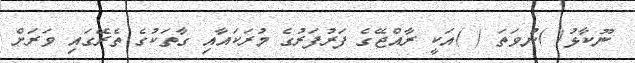
ނޫކާޅު( )ނުވަތަ ( )އަކީ ރާއްޖޭގެ ފަރުފަރުގެ މުރަކައާއި ގާތަކުގެ ތެރޭގައި ވަރަށް